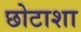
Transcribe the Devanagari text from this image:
छोटाशा